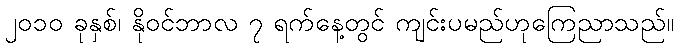
၂၀၁၀ ခုနှစ်၊ နိုဝင်ဘာလ ၇ ရက်နေ့တွင် ကျင်းပမည်ဟုကြေညာသည်။